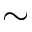
\sim